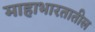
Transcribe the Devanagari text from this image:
माहाभारतातील